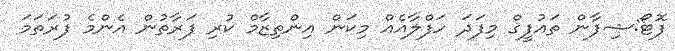
ފޮޓޯ:ޝިފާން ތައުފީޤް މިފަދަ ހަފްލާއެއް މިކަން އިންތިޒާމް ކުރި ފަރާތުން އެންމެ ފުރަތަމަ